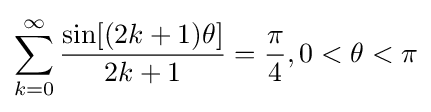
\sum _{k=0}^{\infty }{\frac {\sin[(2k+1)\theta ]}{2k+1}}={\frac {\pi }{4}},0<\theta <\pi